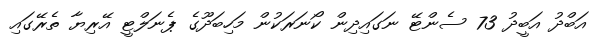
އަބްދު އަބީދު 73 ސެންޓޭ ނަގައިދިން ކޯނަރަކުން މަހިބަދޫގެ ޕެނަލްޓީ އޭރިޔާ ތެރޭގައި